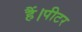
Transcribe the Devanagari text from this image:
हैं।पीटर